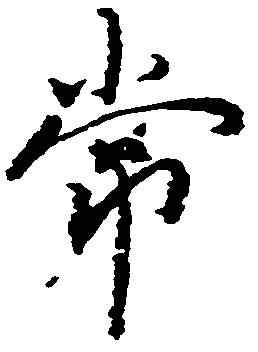
常